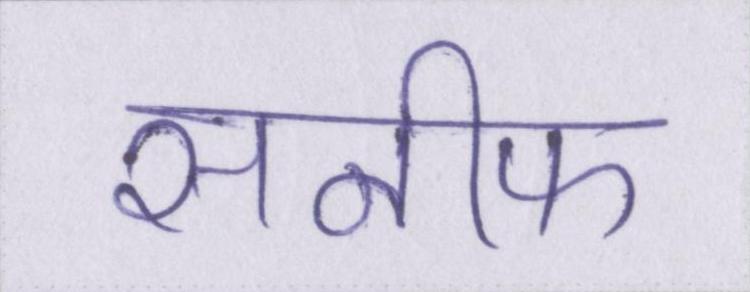
सनीफ